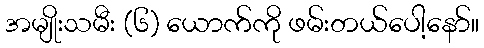
အမျိုးသမီး (၆) ယောက်ကို ဖမ်းတယ်ပေါ့နော်။